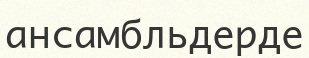
ансамбльдерде